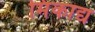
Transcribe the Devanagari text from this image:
मिंकाद्य